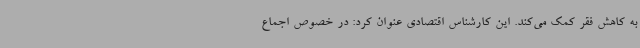
به کاهش فقر کمک می‌کند. این کارشناس اقتصادی عنوان کرد: در خصوص اجماع